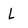
Character: L